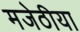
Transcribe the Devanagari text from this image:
मजेठीया